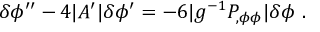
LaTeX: \delta \phi ^ { \prime \prime } - 4 | A ^ { \prime } | \delta \phi ^ { \prime } = - 6 | g ^ { - 1 } P _ { , \phi \phi } | \delta \phi \ .